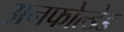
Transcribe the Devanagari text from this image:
अनफोल्डेड